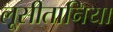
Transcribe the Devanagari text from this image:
लूसीतानिया